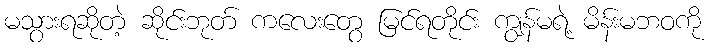
မသွားရဆိုတဲ့ ဆိုင်းဘုတ် ကလေးတွေ မြင်ရတိုင်း ကျွန်မရဲ့ မိန်းမဘဝကို